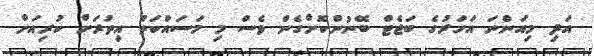
އަދި މިއަންނަ އަހަރުގެ ބަޖެޓް ބޭނުންކޮށްގެން ވެސް މި މަސައްކަތް އިތުރަށް ކުރިއަށް